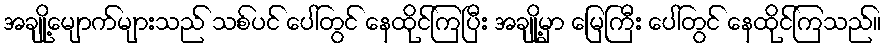
အချို့မျောက်များသည် သစ်ပင် ပေါ်တွင် နေထိုင်ကြပြီး အချို့မှာ မြေကြီး ပေါ်တွင် နေထိုင်ကြသည်။